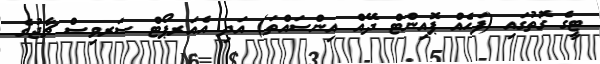
ޓީގެ ގޮތުގައި (ފަހެއް ޕޮއިންޓް ދޭއް އިންސައްތަ) އަދި އެއަރޕޯޓް ސަރވިސް ޗާޖުގެ